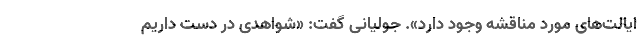
ایالت‌های مورد مناقشه وجود دارد». جولیانی گفت: «شواهدی در دست داریم